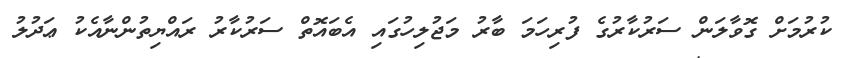
ކުރުމަށް ގޮވާލަން ސަރުކާރުގެ ފުރިހަމަ ބާރު މަޖުލިހުގައި އެބައޮތް ސަރުކާރު ރައްޔިތުންނާއެކު ޢަދުލު